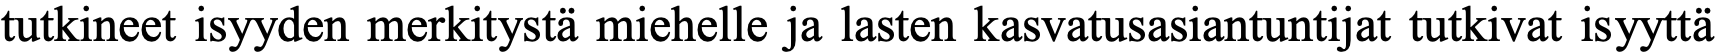
tutkineet isyyden merkitystä miehelle ja lasten kasvatusasiantuntijat tutkivat isyyttä